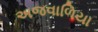
અજવાળિયા